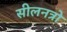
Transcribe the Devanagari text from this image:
सीलनत्रो